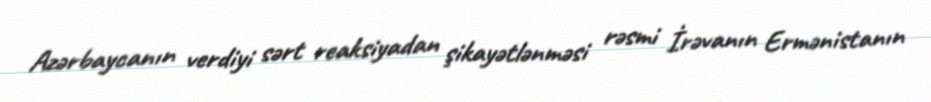
Azərbaycanın verdiyi sərt reaksiyadan şikayətlənməsi rəsmi İrəvanın Ermənistanın